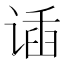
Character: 𬤌